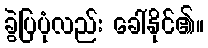
ခွဲပြပုံလည်း ခေါ်နိုင်၏။